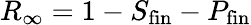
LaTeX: R_{\infty}=1-S_{\mathrm{fin}}-P_{\mathrm{fin}}